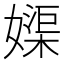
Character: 𡡥